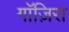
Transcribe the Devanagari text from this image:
गाॅज़िरा